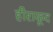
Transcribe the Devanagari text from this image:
हीराकूद